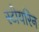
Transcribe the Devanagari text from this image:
स्टीयरिन